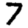
Digit: 7